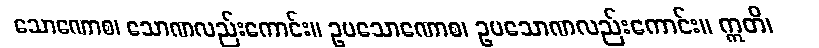
သောဏောစ၊ သောဏလည်းကောင်း။ ဥပသောဏောစ၊ ဥပသောဏလည်းကောင်း။ ဣတိ၊